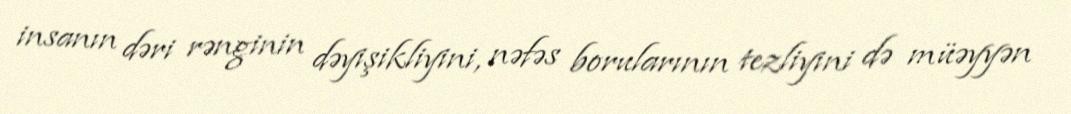
insanın dəri rənginin dəyişikliyini, nəfəs borularının tezliyini də müəyyən